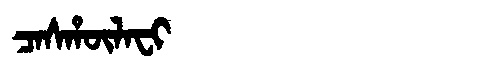
Manchu: ᠴᠠᠰᡥᡡᠯᠠᠸᡳ
Romanization: CASHŪLAFI